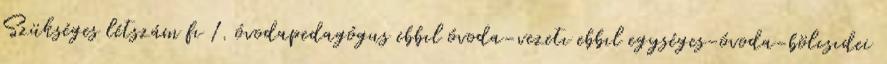
Szükséges létszám fı 1. óvodapedagógus ebbıl óvoda-vezetı ebbıl egységes-óvoda-bölcsıdei